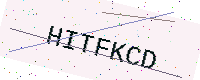
Text: HITFKCD